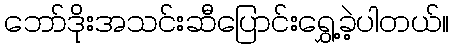
ဘော်ဒိုးအသင်းဆီပြောင်းရွှေ့ခဲ့ပါတယ်။